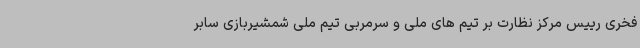
فخری رییس مرکز نظارت بر تیم های ملی و سرمربی تیم ملی شمشیربازی سابر